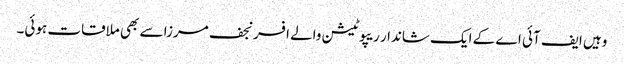
وہیں ایف آئی اے کے ایک شاندار ریپوٹیشن والے افسر نجف مرزا سے بھی ملاقات ہوئی۔